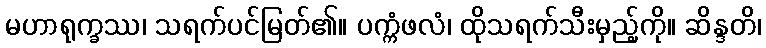
မဟာရုက္ခဿ၊ သရက်ပင်မြတ်၏။ ပက္ကံဖလံ၊ ထိုသရက်သီးမှည့်ကို။ ဆိန္ဒတိ၊